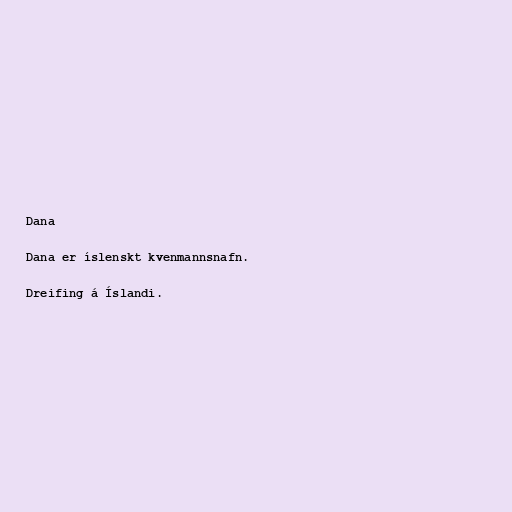
Dana

Dana er íslenskt kvenmannsnafn.

Dreifing á Íslandi.